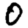
Digit: 0